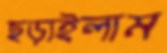
ছড়াইলাম